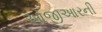
ઓજીઆરની